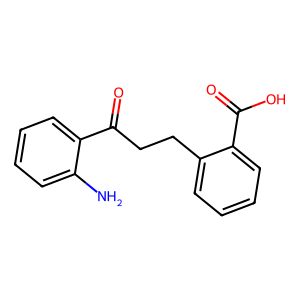
SMILES: Nc1ccccc1C(=O)CCc1ccccc1C(=O)O
Inhibits HIV replication: No